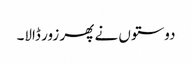
دوستوں نے پھر زور ڈالا۔